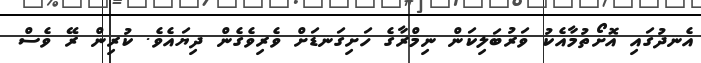
އެނދުގައި އޮށޯތުމާއެކު ވަރުބަލިކަން ނިމްރާގެ ހަށިގަނޑަށް ވެރިވެގެން ދިޔައެވެ. ކުރިން ރޭ ވެސް